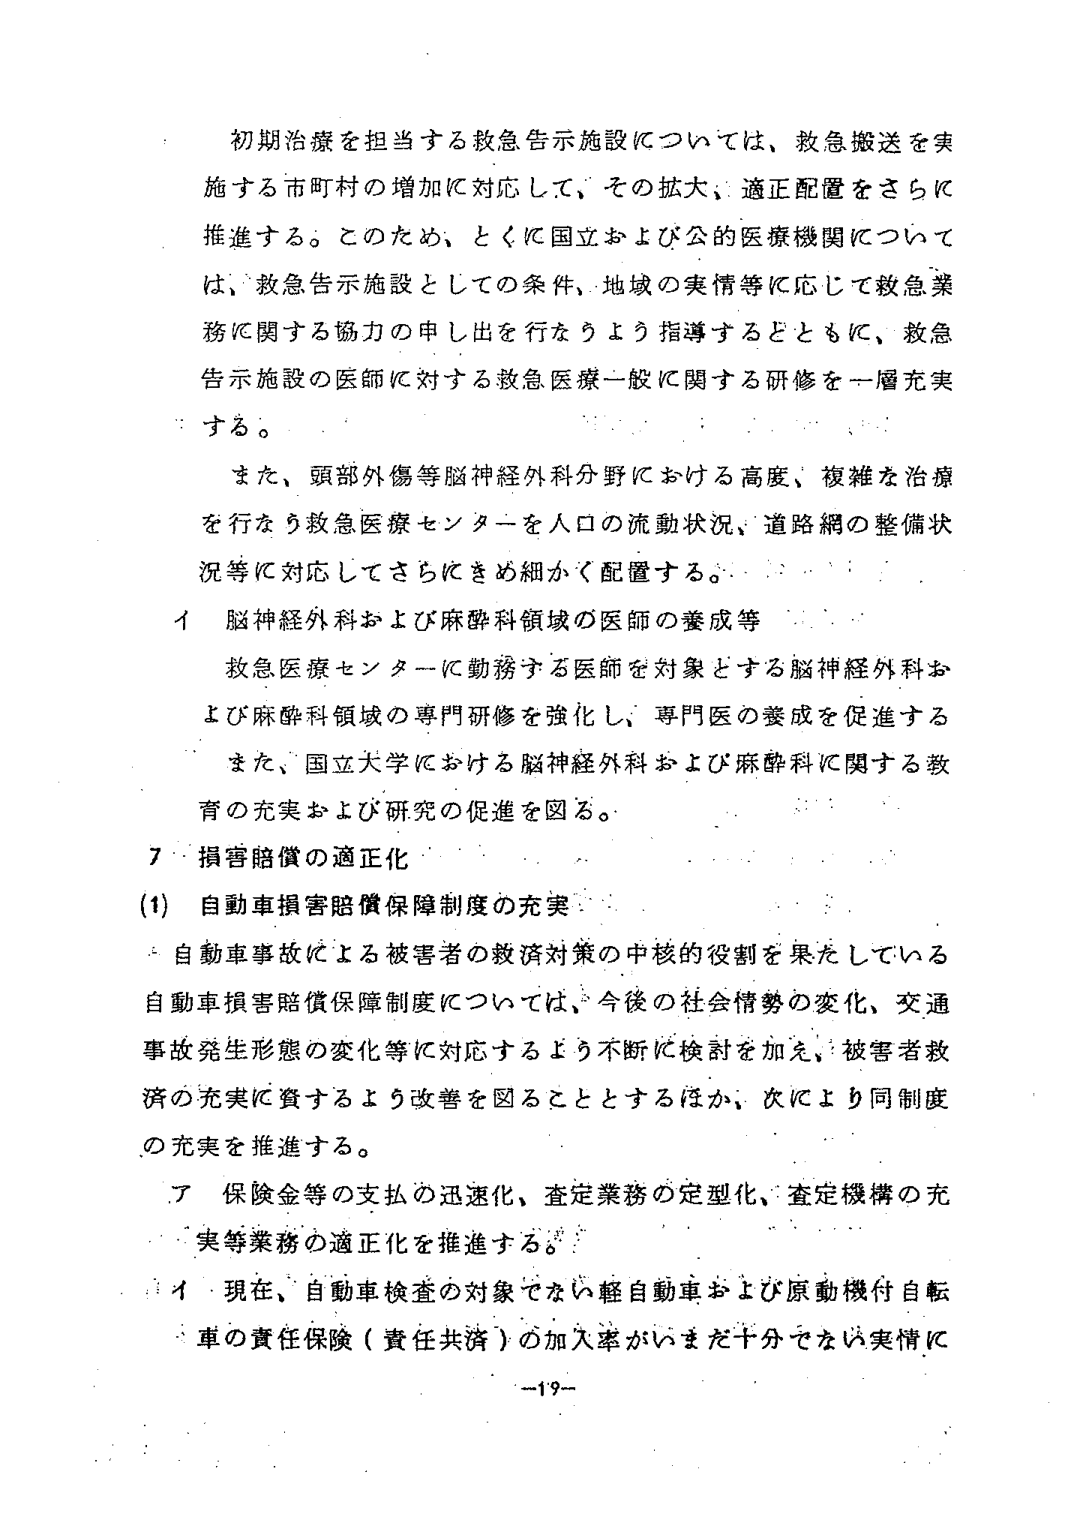
初期治療を担当する救急告示施設については、救急搬送を実施する市町村の増加に対応して、その拡大、適正配置をさらに推進する。このため、とくに国立および公的医療機関については、救急告示施設としての条件、地域の実情等に応じて救急業務に関する協力の申し出を行なうよう指導するとともに、救急告示施設の医師に対する救急医療一般に関する研修を一層充実する。

また、頭部外傷等脳神経外科分野における高度、複雑な治療を行なう救急医療センターを人口の流動状況、道路網の整備状況等に対応してさらにきめ細かく配置する。

イ 脳神経外科および麻酔科領域の医師の養成等
救急医療センターに勤務する医師を対象とする脳神経外科および麻酔科領域の専門研修を強化し、専門医の養成を促進する。また、国立大学における脳神経外科および麻酔科に関する教育の充実および研究の促進を図る。

7 損害賠償の適正化

(1) 自動車損害賠償保障制度の充実
自動車事故による被害者の救済対策の中核的役割を果たしている自動車損害賠償保障制度については、今後の社会情勢の変化、交通事故発生形態の変化等に対応するよう不断に検討を加え、被害者救済の充実に資するよう改善を図ることとするほか、次により同制度の充実を推進する。

ア 保険金等の支払の迅速化、査定業務の定型化、査定機構の充実等業務の適正化を推進する。

イ 現在、自動車検査の対象でない軽自動車および原動機付自転車の責任保険（責任共済）の加入率がいまだ十分でない実情に

-19-